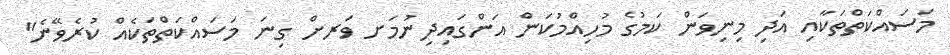
މަސައްކަތްތަކާއި އަދި މިނިވަން ކަމުގެ މުހިއްމުކަން އަންގައިދިނުމަށ ވަރށް ގިނަ މަސައްކަތްތަކެއް ކުރެވޭނެ"